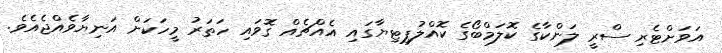
އަވަށްޓެރި ސްރީ ލަންކާގެ ކޮލަމްބޯގެ ކޮއްލުޕިޓިޔާގައި އެއްޗެއް ގޮވައި ހަތަރު މީހަކަށް އަނިޔާވެއްޖެއެވެ.